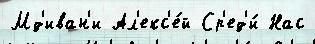
Мд'иван'и Ал'екс'е́й Ср'ед'и́ Нас